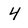
Character: 4